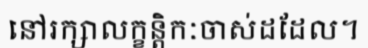
នៅរក្សាលក្ខន្តិកៈចាស់ដដែល។